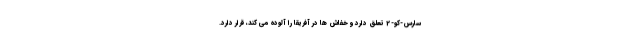
سارس-کو-2 تعلق دارد و خفاش ها در آفریقا را آلوده می کند، قرار دارد.